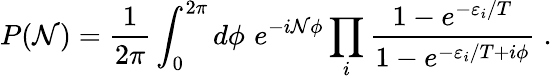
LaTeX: P(\mathcal{N})=\frac{{1}}{{2\pi}}\int_{0}^{2\pi}d\phi\, \, e^{-i\mathcal{N}\phi}\prod_{i}\frac{{1-e^{-\varepsilon_{i}/T}}}{{1-e^{-\varepsilon_{i}/T+i\phi}}}\; .